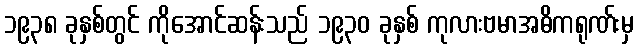
၁၉၃၈ ခုနှစ်တွင် ကိုအောင်ဆန်းသည် ၁၉၃၀ ခုနှစ် ကုလားဗမာအဓိကရုဏ်းမှ